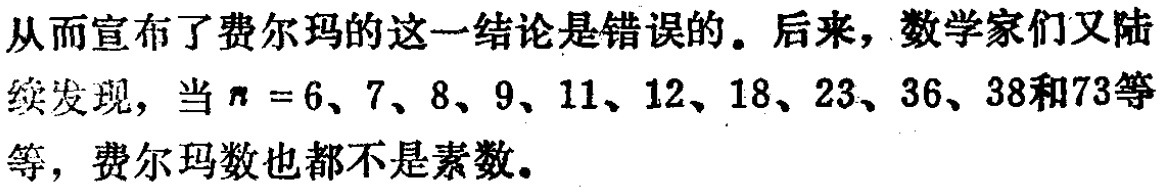
从而宣布了费尔玛的这一结论是错误的。后来，数学家们又陆续发现，当$n = 6、7、8、9、11、12、18、23、36、38和73等$等，费尔玛数也都不是素数。